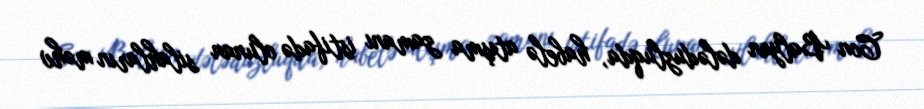
Con Balyan dələduzluqda, habelə atışma zamanı istifadə olunan silahların məhv